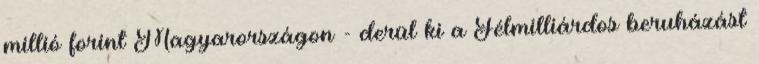
millió forint Magyarországon - derül ki a Félmilliárdos beruházást